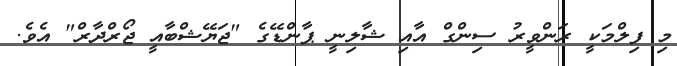
މި ފިލްމަކީ ރަންވީރު ސިންގް އާއި ޝާލިނީ ޕާންޑޭގެ "ޖަޔޭޝްބާއީ ޖޯރްދާރް" އެވެ.